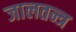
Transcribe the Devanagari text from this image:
जालतन्त्र